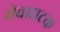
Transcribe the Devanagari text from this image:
सेवाघटक